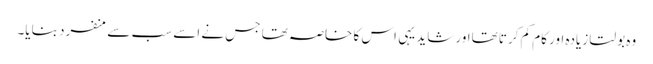
وہ بولتا زیادہ اور کام کم کرتا تھااور شاید یہی اس کا خاصہ تھا جس نے اسے سب سے منفرد بنایا۔